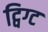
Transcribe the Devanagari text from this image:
ट्विग्ट